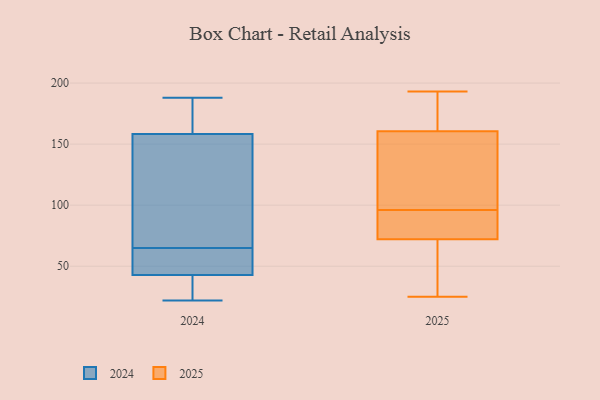
{"axis": {"x": "Production Output", "y": "Value"}, "legend": ["2024", "2025"], "data": [{"x": "", "y": 156, "type": "2024"}, {"x": "", "y": 22, "type": "2024"}, {"x": "", "y": 65, "type": "2024"}, {"x": "", "y": 172, "type": "2024"}, {"x": "", "y": 61, "type": "2024"}, {"x": "", "y": 150, "type": "2024"}, {"x": "", "y": 45, "type": "2024"}, {"x": "", "y": 36, "type": "2024"}, {"x": "", "y": 188, "type": "2024"}, {"x": "", "y": 159, "type": "2024"}, {"x": "", "y": 42, "type": "2024"}, {"x": "", "y": 77, "type": "2025"}, {"x": "", "y": 91, "type": "2025"}, {"x": "", "y": 193, "type": "2025"}, {"x": "", "y": 96, "type": "2025"}, {"x": "", "y": 39, "type": "2025"}, {"x": "", "y": 168, "type": "2025"}, {"x": "", "y": 104, "type": "2025"}, {"x": "", "y": 25, "type": "2025"}, {"x": "", "y": 173, "type": "2025"}, {"x": "", "y": 57, "type": "2025"}, {"x": "", "y": 87, "type": "2025"}, {"x": "", "y": 158, "type": "2025"}, {"x": "", "y": 102, "type": "2025"}]}